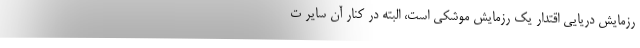
رزمایش دریایی اقتدار یک رزمایش موشکی است، البته در کنار آن سایر ت